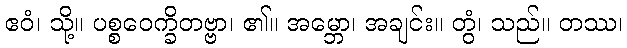
ဧဝံ၊ သို့။ ပစ္စဝေက္ခိတဗ္ဗာ၊ ၏။ အမ္ဘော၊ အချင်း။ တွံ၊ သည်။ တဿ၊